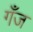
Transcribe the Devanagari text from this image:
गँज